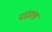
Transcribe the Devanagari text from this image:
पांढरूख